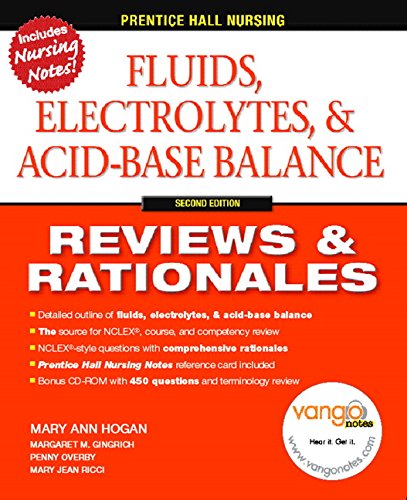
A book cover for Fluids, Electrolytes & Acid-Base Balance, 2nd Edition (Prentice Hall Nursing Reviews & Rationales); MaryAnn Hogan; Medical Books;